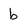
Character: b